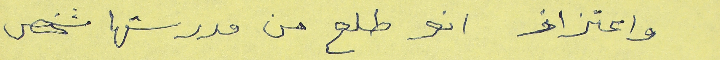
واعتزاز انو طلع من مدرستها شخص